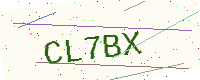
Text: CL7BX